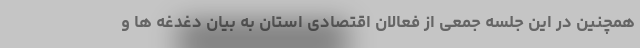
همچنین در این جلسه جمعی از فعالان اقتصادی استان به بیان دغدغه ها و